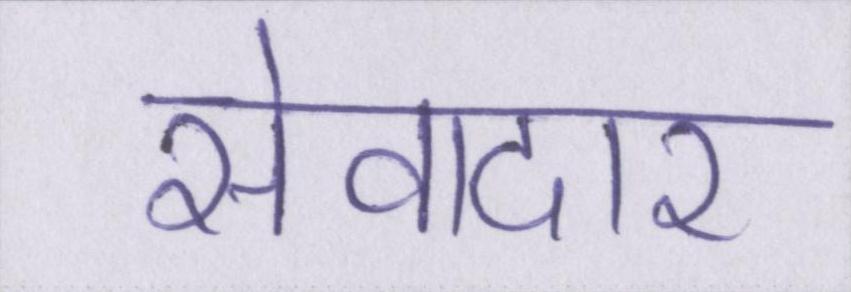
सेवादार